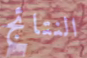
النتائج